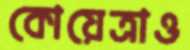
কোয়েত্রাও